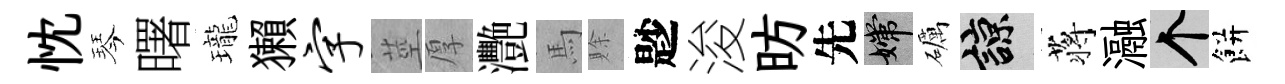
忱琴曙瓏獺字莖厚灧馬賖尟浚昉先嫦礪諒蒋瀜个餅